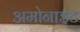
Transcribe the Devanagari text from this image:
अमोनाइट